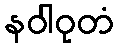
နဝါဝုတံ